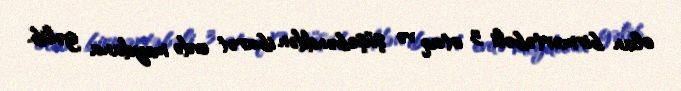
olan birmərtəbəli 3 otaq və şüşəbənddən ibarət evdə meydana gəlib.